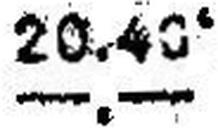
—.—